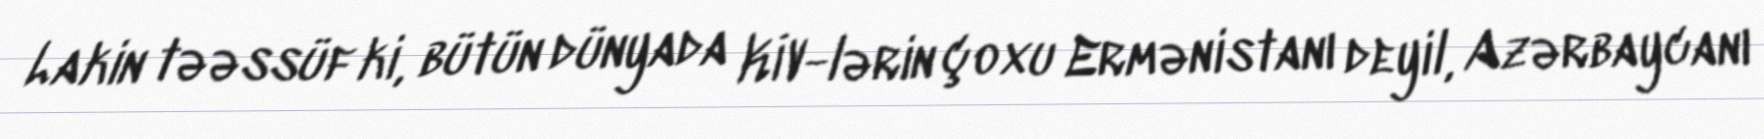
Lakin təəssüf ki, bütün dünyada KİV-lərin çoxu Ermənistanı deyil, Azərbaycanı